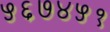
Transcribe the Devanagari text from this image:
५६७४५१